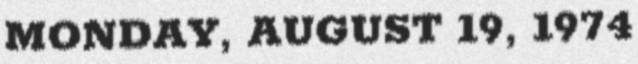
MONDAY, AUGUST 19, 1974